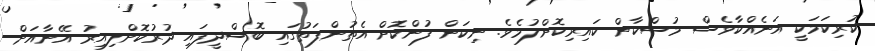
ކުރިކަމަކީ އަނެއްކާވެސް މުސްކާން ކައިރިކޮށްލުމެވެ. ނިކަން ފުންކޮށް އެތުންފަތުގައި ބޮސްދީފައި ދުރުކޮށްލިއިރު އޭނާއަށް